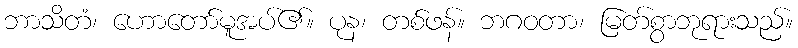
ဘာသိတံ၊ ဟောတော်မူအပ်၏။ ပုန၊ တစ်ဖန်။ ဘဂဝတာ၊ မြတ်စွာဘုရားသည်။